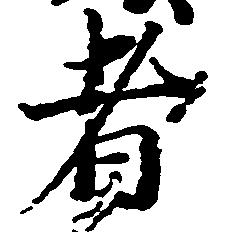
者